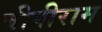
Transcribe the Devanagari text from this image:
बीपीराम